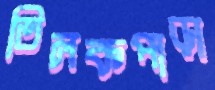
তিলকপাড়া